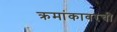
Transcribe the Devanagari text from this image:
क्रमांकावरची